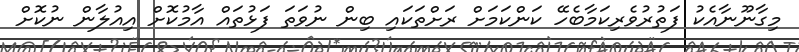
މިގާނޫނާއެކު ފަތުރުވެރިކަމާބެހޭ ކަންކަމަށް ރަށްތަކައި ބިން ނުވަތަ ފަޅުތައް އާމުކޮށް އިއުލާން ނުކޮށް